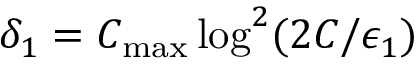
\delta _ { 1 } = C _ { \mathrm { m a x } } \log ^ { 2 } ( 2 C / \epsilon _ { 1 } )